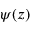
\psi ( z )